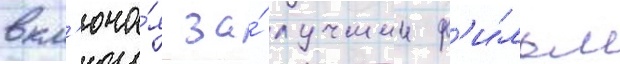
вкл'юча́я за́ лучшии ф'и́льм